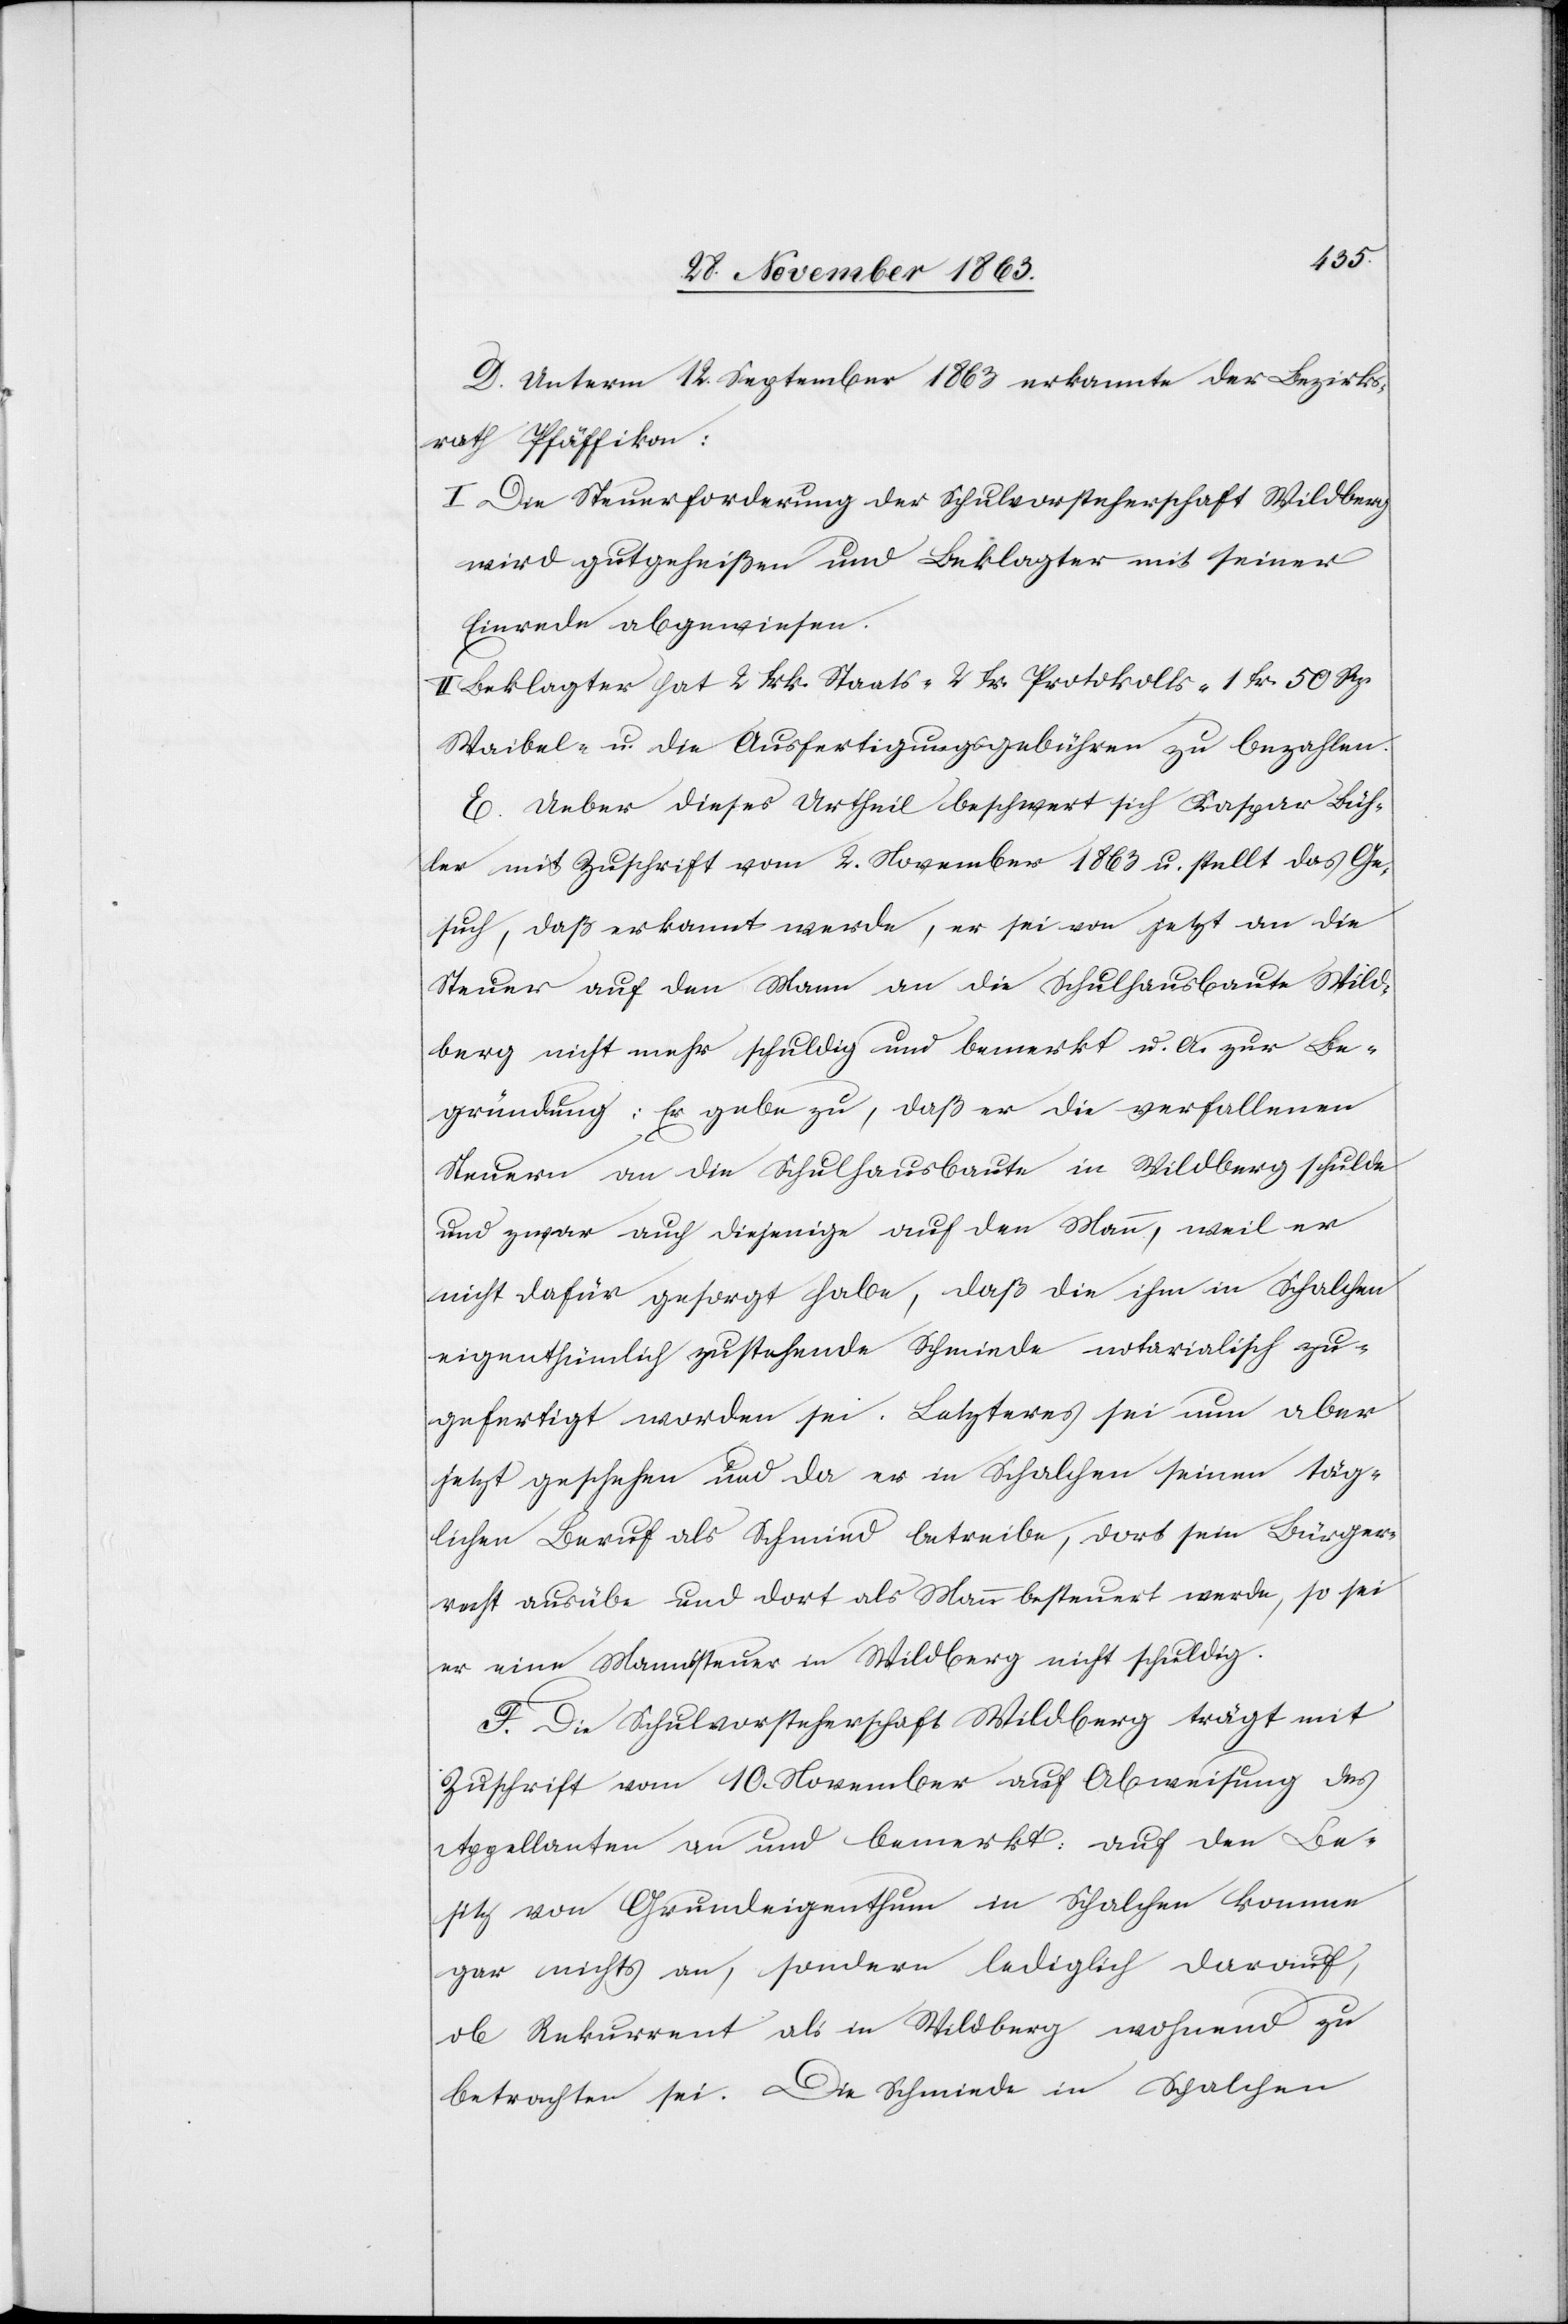
D. Unterm 12. September 1863 erkannte der Bezirks¬
rath Pfäffikon:
I. Die Steuerforderung der Schulvorsteherschaft Wildberg
wird gutgeheißen und Beklagter mit seiner
Einrede abgeweisen.
II. Beklagter hat 2 frk. Staats-[,] 2 fr. Protokolls-[,] 1 fr. 50 Rp.
Waibel- u. die Ausfertigungsgebühren zu bezahlen.
E. Ueber dieses Urtheil beschwert sich Kaspar Büh¬
ler mit Zuschrift vom 2. November 1863 u. stellt das Ge¬
such, daß erkannt werde, er sei von jetzt an die
Steuer auf den Mann an die Schulhausbaute Wild¬
berg nicht mehr schuldig und bemerkt u. A. zur Be¬
gründung: Er gebe zu, daß er die verfallenen
Steuern an die Schulhausbaute in Wildberg schulde
und zwar auch diejenige auf den Mann, weil er
nicht dafür gesorgt habe, daß die ihm in Schalchen
eigenthümlich zustehende Schmiede notarialisch zu¬
gefertigt worden sei. Letzteres sei nun aber
jetzt geschehen und da er in Schalchen seinen täg¬
lichen Beruf als Schmied betreibe, dort sein Bürger¬
recht ausübe und dort als Mann besteuert werde, so sei
er eine Mannssteuer in Wildberg nicht schuldig.
F. Die Schulvorsteherschaft Wildberg trägt mit
Zuschrift vom 10. November auf Abweisung des
Appellanten an und bemerkt: auf den Be¬
sitz von Grundeigenthum in Schalchen komme
gar nichts an, sondern lediglich darauf,
ob Rekurrent als in Wildberg wohnend zu
betrachten sei. Die Schmiede in Schalchen